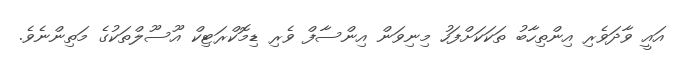
އައީ ވާދަވެރި އިންތިހާބު ތަކަކަށްފަހު މިނިވަން އިންސާފް ވެރި ޑިމޮކްރަޓިކް އޫސޫލްތަކުގެ މަތިންނެވެ.